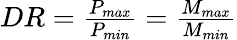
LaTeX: \begin{array}{r}{DR=\frac{P_{max}}{P_{min}}=\frac{M_{max}}{M_{min}}}\end{array}